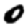
Digit: 0